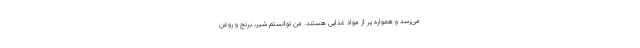
می‌رسد و همواره پر از مواد غذایی هستند. من توانستم شیر، برنج و روغن